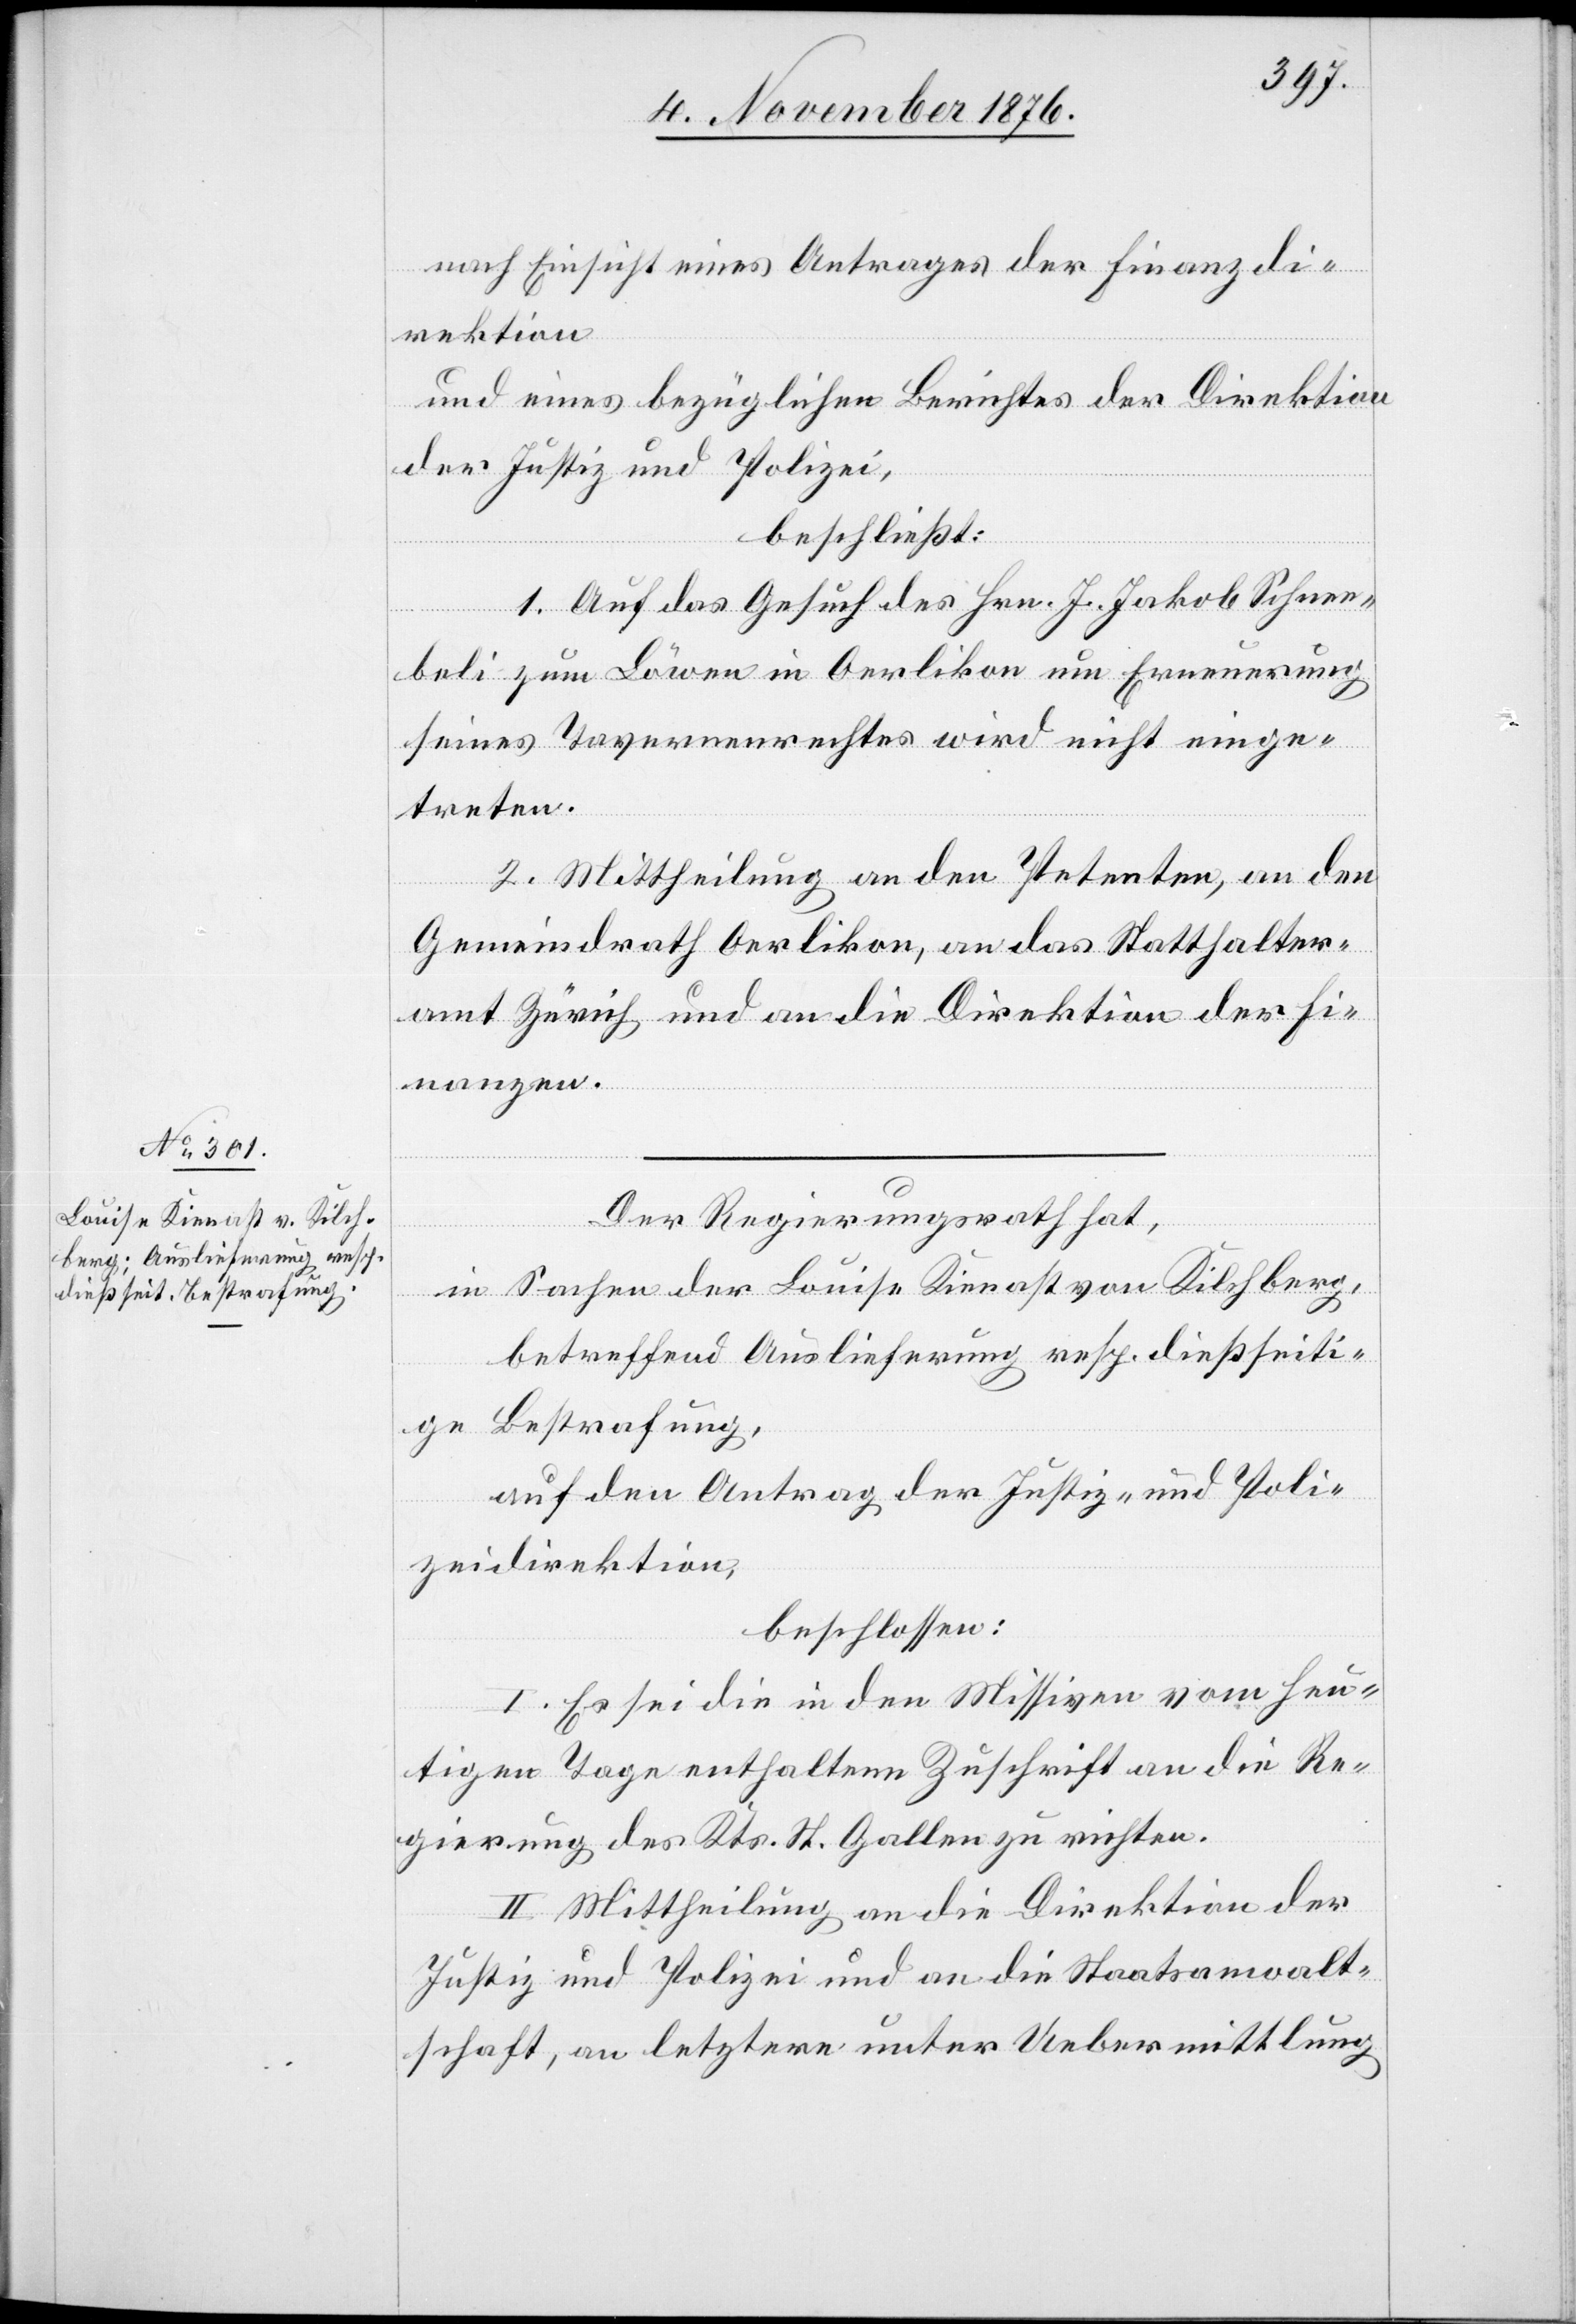
nach Einsicht eines Antrages der Finanzdi¬
rektion,
und eines bezüglichen Berichtes der Direktion
der Justiz und Polizei,
beschließt:
1. Auf das Gesuch des Hrn. J. Jakob Schnee¬
beli zum Löwen in Oerlikon um Erneuerung
seines Tavernenrechtes wird nicht einge¬
treten.
2. Mittheilung an den Petenten, an den
Gemeindrath Oerlikon, an das Statthalter¬
amt Zürich und an die Direktion der Fi¬
nanzen.
Der Regierungsrath hat,
in Sachen der Louisa Kienast von Kilchberg,
betreffend Auslieferung resp. dießseiti¬
ge Bestrafung,
auf den Antrag der Justiz- und Poli¬
zeidirektion,
beschlossen:
I. Es sei die in den Missiven vom heu¬
tigen Tage enthaltene Zuschrift an die Re¬
gierung des Kts. St. Gallen zu richten.
II. Mittheilung an die Direktion der
Justiz und Polizei und an die Staatsanwalt¬
schaft, an letztere unter Uebermittlung